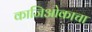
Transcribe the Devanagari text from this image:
काजिओकाचा